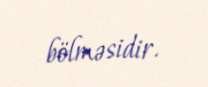
bölməsidir.